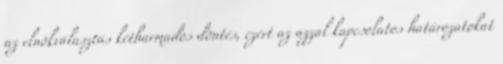
az elnökválasztás kétharmados döntés, ezért az azzal kapcsolatos határozatokat